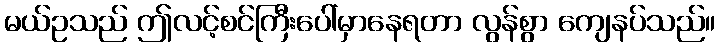
မယ်ဥသည် ဤလင့်စင်ကြီးပေါ်မှာနေရတာ လွန်စွာ ကျေနပ်သည်။